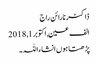
ڈاکٹر نارائن راج
الف عین, ‏اکتوبر 1, 2018
پڑھتا ہوں انشاءاللہ۔